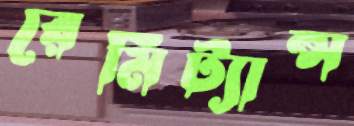
রেমিট্যান্স